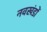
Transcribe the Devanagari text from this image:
नवखंडों